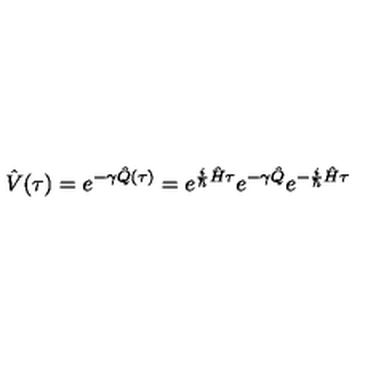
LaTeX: \hat { V } ( \tau ) = e ^ { - \gamma \hat { Q } ( \tau ) } = e ^ { \frac { i } { \hbar } \hat { H } \tau } e ^ { - \gamma \hat { Q } } e ^ { - \frac { i } { \hbar } \hat { H } \tau }